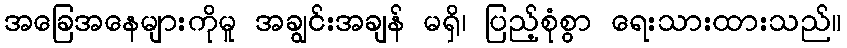
အခြေအနေများကိုမူ အချွင်းအချန် မရှိ၊ ပြည့်စုံစွာ ရေးသားထားသည်။